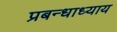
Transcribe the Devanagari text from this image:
प्रबन्धाध्याय